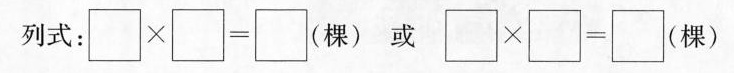
列式：\square \times \square = \square(棵) 或 \square \times \square = \square(棵)